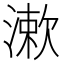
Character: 漱